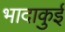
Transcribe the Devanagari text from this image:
भादाकुई